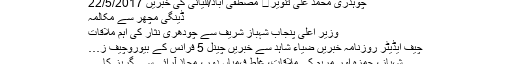
چوہدری محمد علی تنویر	 مصطفی آباد/للیانی کی خبریں 22/5/2017
ڈینگی مچھر سے مکالمہ
وزیر اعلیٰ پنجاب شہباز شریف سے چودھری نثار کی اہم ملاقات
چیف ایڈیٹر روزنامہ خبریں ضیاء شاہد سے خبریں چینل 5 فرانس کے بیوروچیف ز…
شہباز، حمزہ اور مریم کی ملاقات، غلط فہمیاں دور، محاذ آرائی سے گریز کا …